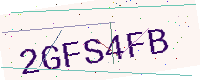
Text: 2GFS4FB